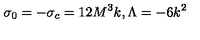
\sigma _ { 0 } = - \sigma _ { c } = 1 2 M ^ { 3 } k , \Lambda = - 6 k ^ { 2 }